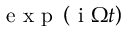
\mathrm { ~ e ~ x ~ p ~ } \left( \mathrm { ~ i ~ } \Omega t \right)